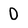
Character: 0